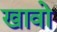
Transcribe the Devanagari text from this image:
खावो